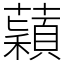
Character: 蘔